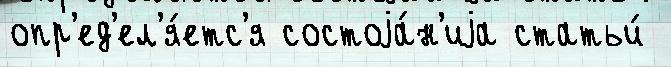
опр'ед'ел'я́етс'я состоjа́н'иjа статьи́